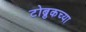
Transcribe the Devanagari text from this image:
टोब्रुकच्या